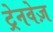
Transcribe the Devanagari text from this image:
ट्रेनवेज़